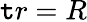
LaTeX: \mathtt{t}r=R